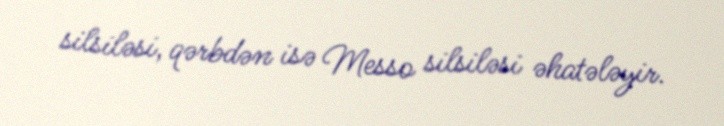
silsiləsi, qərbdən isə Messo silsiləsi əhatələyir.